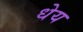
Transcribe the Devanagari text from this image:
धेय